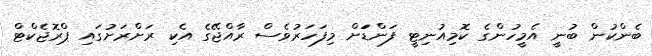
ބެންކުން ބުނީ އެމީހުންގެ ކޮމިއުނިޓީ ފަންޑަަށް މިފަހަރުވެސް ރާއްޖޭގެ އެކި ރަށްރަށުގައި ޕްރޮޖެކްޓް